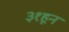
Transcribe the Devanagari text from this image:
३१हून